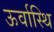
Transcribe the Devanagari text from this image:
ऊर्वास्थि